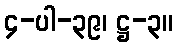
၄-ပါ-၃၉၊ ဋ္ဌ-၃။